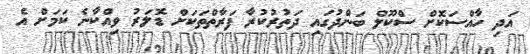
އަދި ހާއްސަކޮށް ސްކޫލް ބަންދުގައި ދަތުރުކުރާ ފަރާތްތަކަށް ޑޮލަރު ވިއްކާނެ ކަމަށް އެ